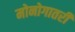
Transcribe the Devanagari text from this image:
मोनोगातरी